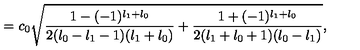
= c _ { 0 } \sqrt { \frac { 1 - ( - 1 ) ^ { l _ { 1 } + l _ { 0 } } } { 2 ( l _ { 0 } - l _ { 1 } - 1 ) ( l _ { 1 } + l _ { 0 } ) } + \frac { 1 + ( - 1 ) ^ { l _ { 1 } + l _ { 0 } } } { 2 ( l _ { 1 } + l _ { 0 } + 1 ) ( l _ { 0 } - l _ { 1 } ) } } ,